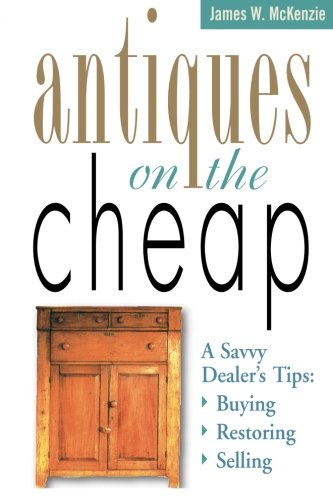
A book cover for Antiques on the Cheap: A Savvy Dealer's Tips: Buying, Restoring, Selling; James W. McKenzie; Crafts, Hobbies & Home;